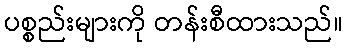
ပစ္စည်းများကို တန်းစီထားသည်။